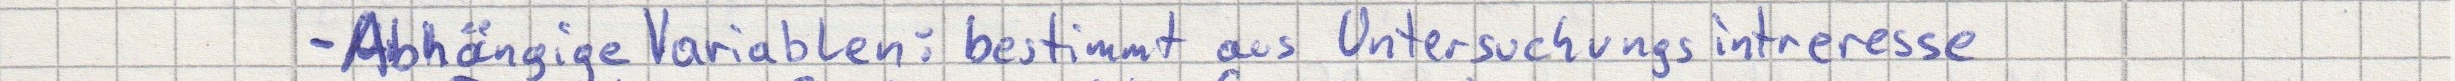
- Abhängige Variablen: bestimmt aus Untersuchungsinteresse